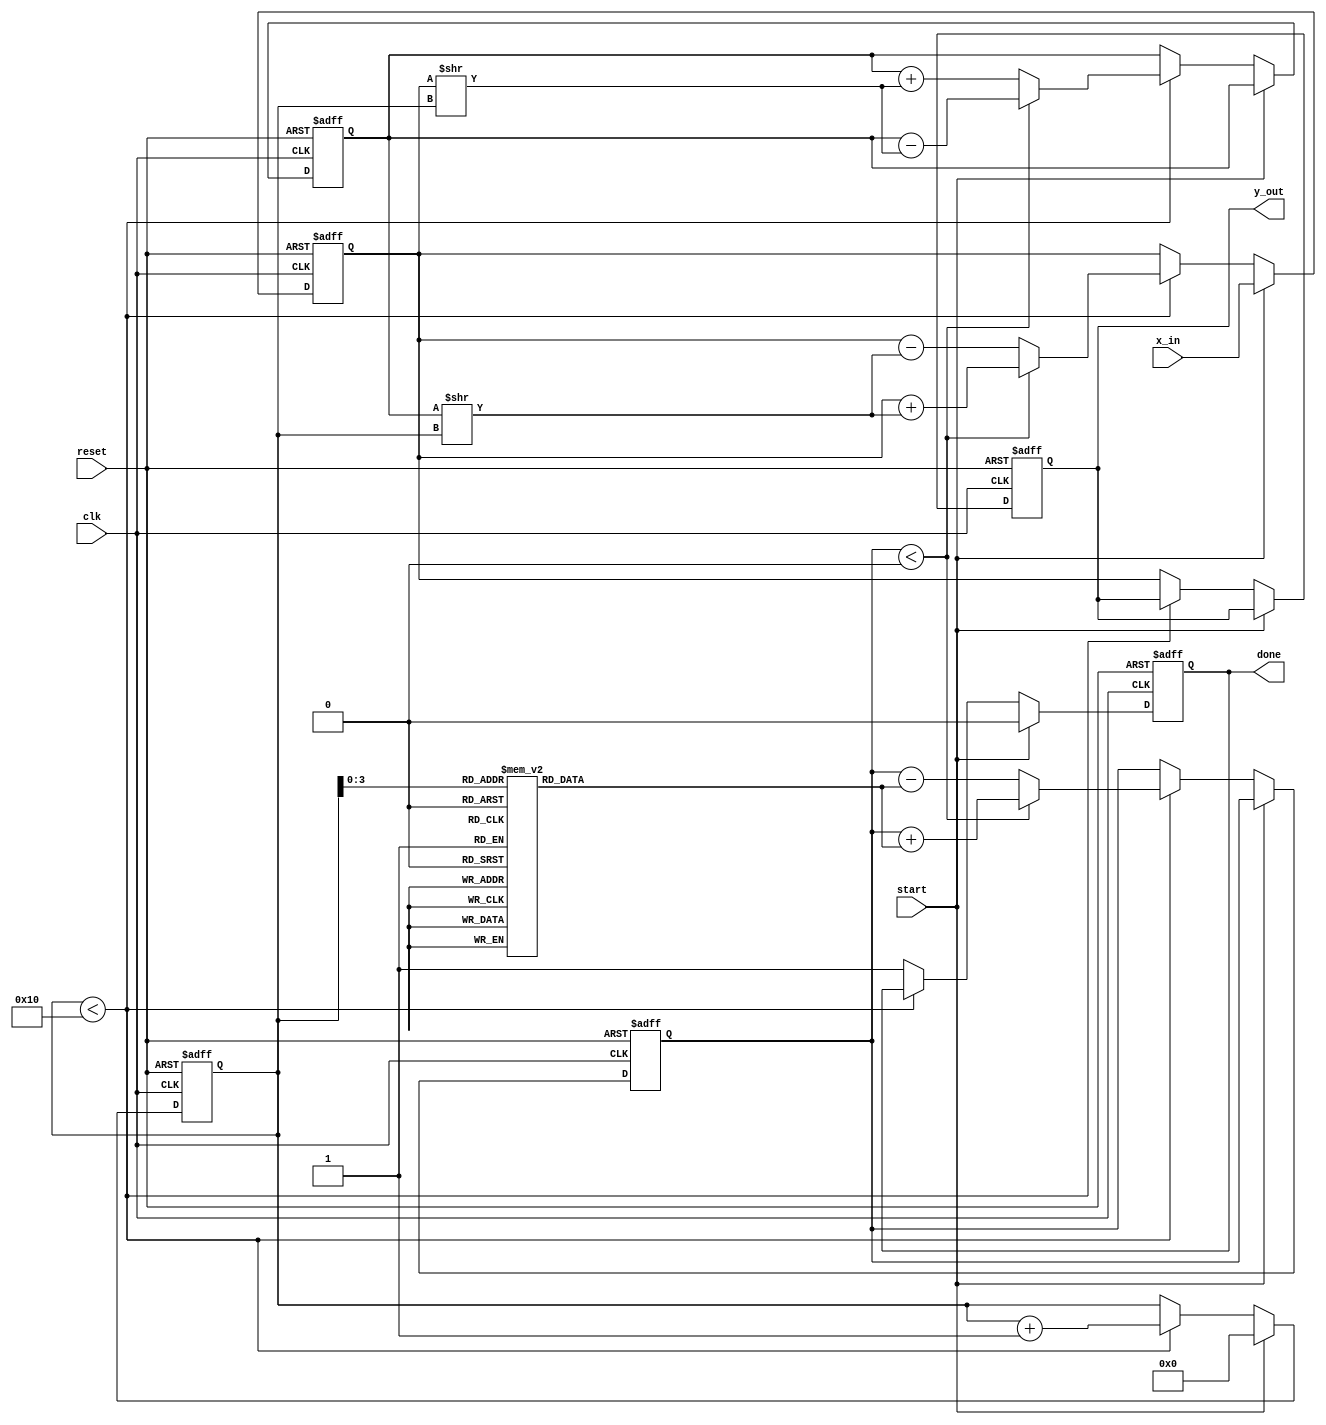
module cordic_exponential #(
    parameter DATA_WIDTH = 16, // Input and output data width
    parameter ITERATIONS = 16   // Number of CORDIC iterations
)(
    input wire clk,
    input wire reset,
    input wire start,
    input wire [DATA_WIDTH-1:0] x_in,  // Input data (exponent)
    output reg [DATA_WIDTH-1:0] y_out,  // Output result
    output reg done                   // Signal to indicate completion
);

    // Define registers
    reg [DATA_WIDTH-1:0] x;          // X coordinate
    reg [DATA_WIDTH-1:0] y;          // Y coordinate
    reg [DATA_WIDTH-1:0] z;          // Z register (angle accumulator)
    reg [4:0] count;                 // Iteration counter

    // CORDIC angle lookup table for arctan(2^-k)
    reg [DATA_WIDTH-1:0] angle_table [0:ITERATIONS-1];

    // Scaling factor
    localparam scaling_factor = 16'h26DD; // Fixed-point scaling factor if needed

    // Initialize angle table with precomputed arctangent values
    initial begin
        angle_table[0] = 16'h2000; // arctan(1)
        angle_table[1] = 16'h1333; // arctan(0.5)
        angle_table[2] = 16'h0A6D; // arctan(0.25)
        angle_table[3] = 16'h0526; // arctan(0.125)
        // ... continue filling angle_table as needed
    end

    // State machine for CORDIC operation
    always @(posedge clk or posedge reset) begin
        if (reset) begin
            x <= 0; 
            y <= scaling_factor; // Start with y=1 (or scaling factor)
            z <= 0;
            count <= 0;
            y_out <= 0;
            done <= 0;
        end else if (start) begin
            // Load input value into x
            x <= x_in; 
            count <= 0;
            done <= 0;
        end else if (count < ITERATIONS) begin
            // CORDIC iterative computation
            if (z < 0) begin
                // Perform rotation in the direction of positive z
                x <= x + (y >> count); // x = x + y * 2^-k
                y <= y - (x >> count); // y = y - x * 2^-k
                z <= z + angle_table[count]; // Update angle
            end else begin
                // Perform rotation in the direction of negative z
                x <= x - (y >> count);
                y <= y + (x >> count);
                z <= z - angle_table[count];
            end
            count <= count + 1;
        end else begin
            // When done, set output and done flag
            y_out <= x; // Output is the resulting x coordinate
            done <= 1;
        end
    end

endmodule